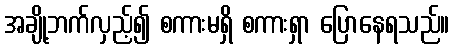
အချို့ဘက်လှည့်၍ စကားမရှိ စကားရှာ ပြောနေရသည်။